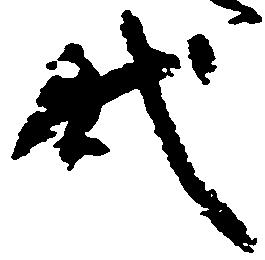
代